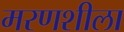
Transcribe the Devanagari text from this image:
मरणशीला